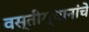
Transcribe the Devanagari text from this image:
वस्तीस्थानांचे